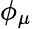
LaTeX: \phi_{\mu}